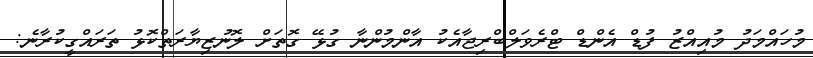
މުހައްމަދު މުއިއްޒު ފުޑް އެންޑް ޓްރެވަލްބްރިޖާއެކު އާންމުންނާ ގުޅޭ ގޮތަށް ލޮނުޒިޔާރަތްކޮޅު ތަރައްގީކުރާނެ: